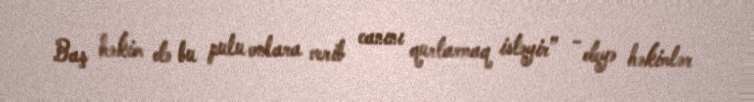
Baş həkim də bu pulu onlara verib canını qurtarmaq istəyir” - deyə həkimlər